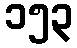
၁၅၃